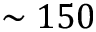
\sim 1 5 0